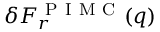
\delta F _ { r } ^ { \mathrm { ~ P ~ I ~ M ~ C ~ } } ( q )